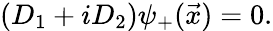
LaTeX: (D_{1}+iD_{2}){\psi}_{+}(\vec{x})=0.